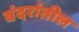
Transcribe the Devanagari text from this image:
बंदरांतील